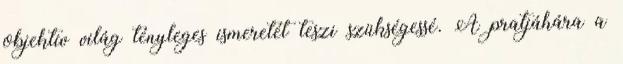
objektív világ tényleges ismeretét teszi szükségessé. A pratjáhára a